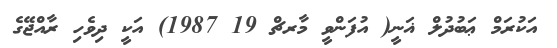
އަކުރަމް ޢަބުދުލް ޣަނީ( އުފަންވީ މާރޗް 19 1987) އަކީ ދިވެހި ރާއްޖޭގެ